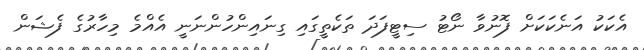
އެކަކު އަނެކަކަށް ފޮނުވާ ނޯޓު ސިޓީފަދަ ތަކެތީގައި ގިނައިންހުންނަނީ އެއްމެ މިހާރުގެ ފެޝަން